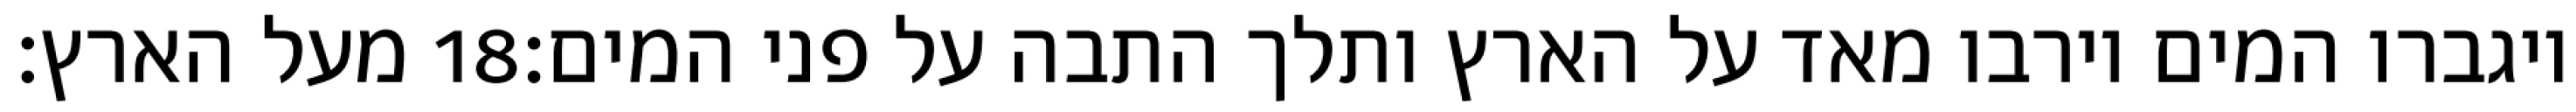
מעל הארץ׃ ‎18‏ ויגברו המים וירבו מאד על הארץ ותלך התבה על פני המים׃